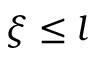
\xi \le l